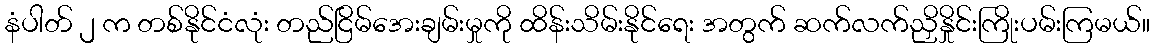
နံပါတ် ၂ က တစ်နိုင်ငံလုံး တည်ငြိမ်အေးချမ်းမှုကို ထိန်းသိမ်းနိုင်ရေး အတွက် ဆက်လက်ညှိနှိုင်းကြိုးပမ်းကြမယ်။